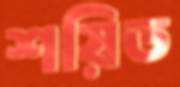
শয়িত